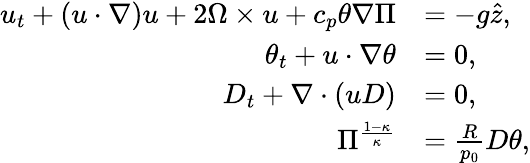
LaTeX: \begin{array}{rl}{u_{t}+(u\cdot\nabla)u+2\Omega\times u+c_{p}\theta\nabla\Pi}&{=-g\hat{z},}\\ {\theta_{t}+u\cdot\nabla\theta}&{=0,}\\ {D_{t}+\nabla\cdot(uD)}&{=0,}\\ {\Pi^{\frac{1-\kappa}{\kappa}}}&{=\frac{R}{p_{0}}D\theta,}\end{array}